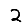
Digit: 2